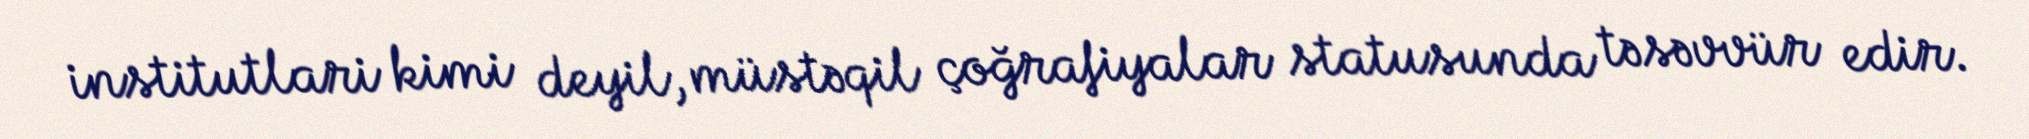
institutlari kimi deyil, müstəqil çoğrafiyalar statusunda təsəvvür edir.